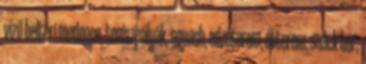
vizű beltéri medence, teniszpályák, squash, edzőterem, étterem, snack bár,